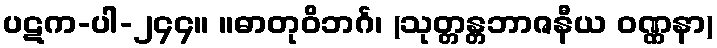
ပဋက-ပါ-၂၄၄။ ။ဓာတုဝိဘင်္ဂ၊ (သုတ္တန္တဘာဇနီယ ဝဏ္ဏနာ)